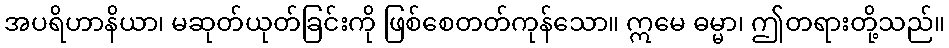
အပရိဟာနိယာ၊ မဆုတ်ယုတ်ခြင်းကို ဖြစ်စေတတ်ကုန်သော။ ဣမေ ဓမ္မာ၊ ဤတရားတို့သည်။